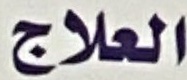
العلاج